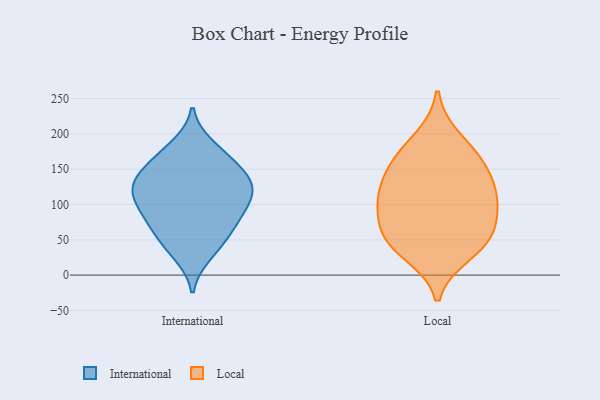
{"axis": {"x": "Satisfaction Score", "y": "Value"}, "legend": ["International", "Local"], "data": [{"x": "", "y": 43, "type": "International"}, {"x": "", "y": 102, "type": "International"}, {"x": "", "y": 182, "type": "International"}, {"x": "", "y": 84, "type": "International"}, {"x": "", "y": 108, "type": "International"}, {"x": "", "y": 126, "type": "International"}, {"x": "", "y": 128, "type": "International"}, {"x": "", "y": 164, "type": "International"}, {"x": "", "y": 166, "type": "International"}, {"x": "", "y": 138, "type": "International"}, {"x": "", "y": 122, "type": "International"}, {"x": "", "y": 30, "type": "International"}, {"x": "", "y": 91, "type": "International"}, {"x": "", "y": 139, "type": "International"}, {"x": "", "y": 68, "type": "International"}, {"x": "", "y": 61, "type": "International"}, {"x": "", "y": 63, "type": "Local"}, {"x": "", "y": 157, "type": "Local"}, {"x": "", "y": 118, "type": "Local"}, {"x": "", "y": 194, "type": "Local"}, {"x": "", "y": 113, "type": "Local"}, {"x": "", "y": 30, "type": "Local"}, {"x": "", "y": 166, "type": "Local"}, {"x": "", "y": 150, "type": "Local"}, {"x": "", "y": 40, "type": "Local"}, {"x": "", "y": 52, "type": "Local"}, {"x": "", "y": 69, "type": "Local"}, {"x": "", "y": 103, "type": "Local"}, {"x": "", "y": 103, "type": "Local"}]}